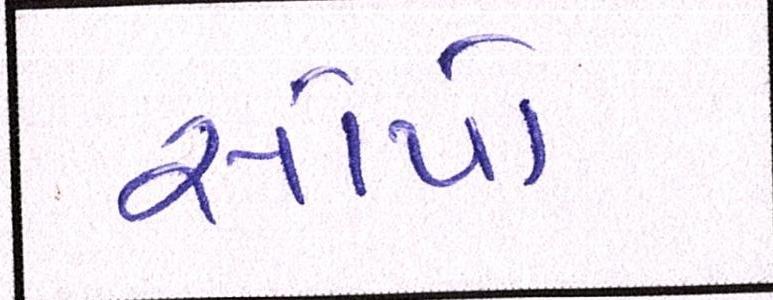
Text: સોપો